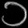
Digit: ၁